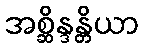
အစ္ဆိန္ဒန္တိယာ